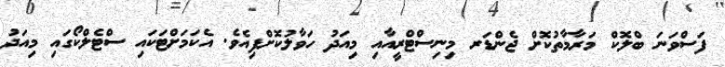
ފަސްވަނަ ބްލޮކް މަރާމާތުކޮށް ޖެންޑަރ މިނިސްޓްރީއާއި މިއަދު ހަވާލުކޮށްފިއެވެ. އެކަމަށްޓަކައި ސްޓެލްކޯގައި މިއަދު